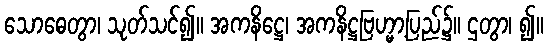
သောဓေတွာ၊ သုတ်သင်၍။ အကနိဋ္ဌေ၊ အကနိဋ္ဌဗြဟ္မာ့ပြည်၌။ ဌတွာ၊ ၍။